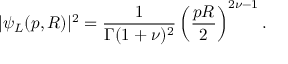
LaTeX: | \psi _ { L } ( p , R ) | ^ { 2 } = \frac { 1 } { \Gamma ( 1 + \nu ) ^ { 2 } } \left( \frac { p R } { 2 } \right) ^ { 2 \nu - 1 } .